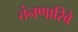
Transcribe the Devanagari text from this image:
तंनणारिवे